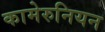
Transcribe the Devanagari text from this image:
कामेरुनियन